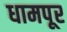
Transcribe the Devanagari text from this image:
धामपूर